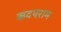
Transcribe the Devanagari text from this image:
ऋदयराम